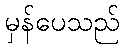
မှန်ပေသည်